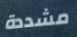
مشددة